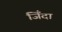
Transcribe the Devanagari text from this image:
जिँदा